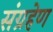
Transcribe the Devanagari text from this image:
संग्रहेण